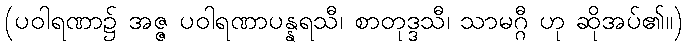
(ပဝါရဏာ၌ အဇ္ဇ ပဝါရဏာပန္နရသီ၊ စာတုဒ္ဒသီ၊ သာမဂ္ဂီ ဟု ဆိုအပ်၏။)